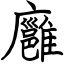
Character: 廱